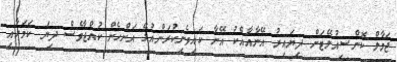
ޖަމާލް ކޮންސިއުލޭޓަށް ދިޔައިރު އޭނާއާއެކު އޭނާ ކައިވެނިކުރަންއުޅޭ އަންހެން ކުއްޖާވެސް ދިޔަ ކަމަށާއި